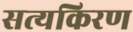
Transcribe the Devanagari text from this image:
सत्यकिरण